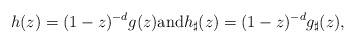
\begin{align*}h(z)=(1-z)^{-d}g(z) \mbox{and} h_{\sharp}(z)=(1-z)^{-d}g_{\sharp}(z),\end{align*}